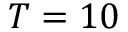
T = 1 0